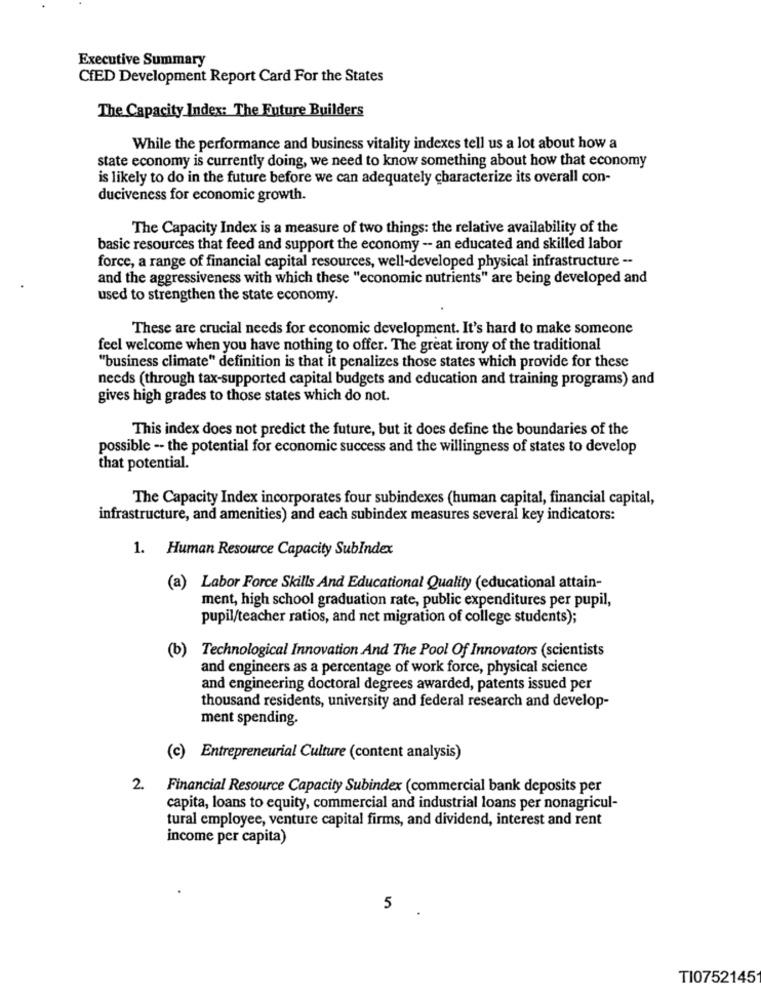
Executive Summary
CfED Development Report Card For the States
The Capacity Index: The Future Builders
While the performance and business vitality indexes tell us a lot about how a
state economy is currently doing, we need to know something about how that economy
is likely to do in the future before we can adequately characterize its overall con-
duciveness for economic growth.
The Capacity Index is a measure of two things: the relative availability of the
basic resources that feed and support the economy -- an educated and skilled labor
force, a range of financial capital resources, well-developed physical infrastructure --
and the aggressiveness with which these "economic nutrients" are being developed and
used to strengthen the state economy.
These are crucial needs for economic development. It's hard to make someone
feel welcome when you have nothing to offer. The great irony of the traditional
"business climate" definition is that it penalizes those states which provide for these
needs (through tax-supported capital budgets and education and training programs) and
gives high grades to those states which do not.
This index does not predict the future, but it does define the boundaries of the
possible -- the potential for economic success and the willingness of states to develop
that potential.
The Capacity Index incorporates four subindexes (human capital, financial capital,
infrastructure, and amenities) and each subindex measures several key indicators:
1. Human Resource Capacity SubIndex
(a) Labor Force Skills And Educational Quality (educational attain-
ment, high school graduation rate, public expenditures per pupil,
pupil/teacher ratios, and net migration of college students);
(b) Technological Innovation And The Pool Of Innovators (scientists
and engineers as a percentage of work force, physical science
and engineering doctoral degrees awarded, patents issued per
thousand residents, university and federal research and develop-
ment spending.
(c) Entrepreneurial Culture (content analysis)
2. Financial Resource Capacity Subindex (commercial bank deposits per
capita, loans to equity, commercial and industrial loans per nonagricul-
tural employee, venture capital firms, and dividend, interest and rent
income per capita)
5
TI0752145